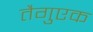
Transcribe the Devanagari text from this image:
तैगुएक